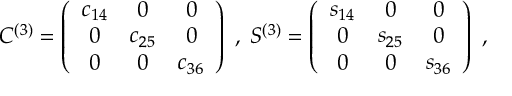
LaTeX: C ^ { ( 3 ) } = \left( \begin{array} { c c c } { { c _ { 1 4 } } } & { { 0 } } & { { 0 } } \\ { { 0 } } & { { c _ { 2 5 } } } & { { 0 } } \\ { { 0 } } & { { 0 } } & { { c _ { 3 6 } } } \end{array} \right) \; , \; S ^ { ( 3 ) } = \left( \begin{array} { c c c } { { s _ { 1 4 } } } & { { 0 } } & { { 0 } } \\ { { 0 } } & { { s _ { 2 5 } } } & { { 0 } } \\ { { 0 } } & { { 0 } } & { { s _ { 3 6 } } } \end{array} \right) \; ,